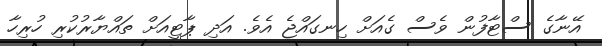
އޭނާގެ ސްޓާފުން ވެސް ގެއަށް ހިނގައްޖެ އެވެ. އަދި ޕާޓީއަށް ތައްޔާރުކުރި ހުރިހާ